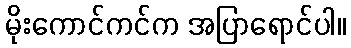
မိုးကောင်ကင်က အပြာရောင်ပါ။